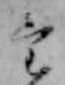
け